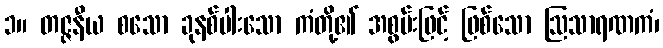
၁။ တဇ္ဇနီယ စသော ခုနစ်ပါးသော ကံတို့၏ အစွမ်းဖြင့် ဖြစ်သော ဩသာရဏကံ၊